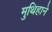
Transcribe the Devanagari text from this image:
मुथिहाने